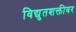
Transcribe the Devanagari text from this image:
विद्युतशक्तीवर